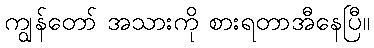
ကျွန်တော် အသားကို စားရတာအီနေပြီ။